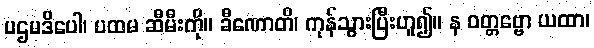
ပဌမဒိပေါ၊ ပထမ ဆီမီးကို။ ခီဏောတိ၊ ကုန်သွားပြီးဟူ၍။ န ဝတ္တဗ္ဗော ယထာ၊